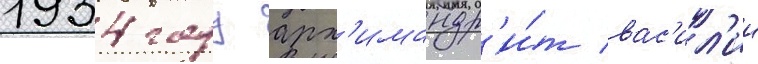
1934 году арх'имандр'и́т вас'ил'ии